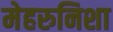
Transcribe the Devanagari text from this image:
मेहरुनिशा